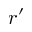
r ^ { \prime }